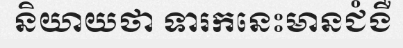
និយាយថា ទារកនេះមានជំងឺ